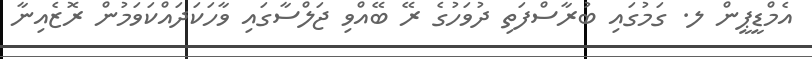
އެމްޑީޕީން ލ. ގަމުގައި ބުރާސްފަތި ދުވަހުގެ ރޭ ބޭއްވި ޖަލްސާގައި ވާހަކަދައްކަވަމުން ރޮޒެއިނާ